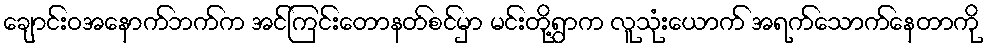
ချောင်းဝအနောက်ဘက်က အင်ကြင်းတောနတ်စင်မှာ မင်းတို့ရွာက လူသုံးယောက် အရက်သောက်နေတာကို